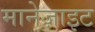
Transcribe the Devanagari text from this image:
मानेज़ाइट